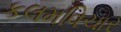
કલમવિચાર